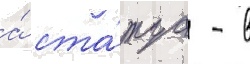
а́ ста́туа - в